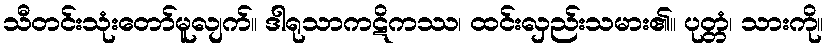
သီတင်းသုံးတော်မူလျက်။ ဒါရုသာကဋိကဿ၊ ထင်းလှည်းသမား၏။ ပုတ္တံ၊ သားကို။